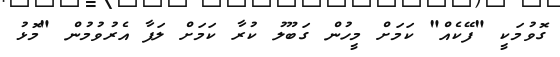
ގޮވުމަކީ "ފޭކެއް" ކަމަށް މީހުން ގަބޫލު ކުރާ ކަމަށް ލަފާ އެރުވުމުން "މޮޅު